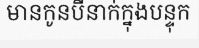
មានកូនបីនាក់ក្នុងបន្ទុក